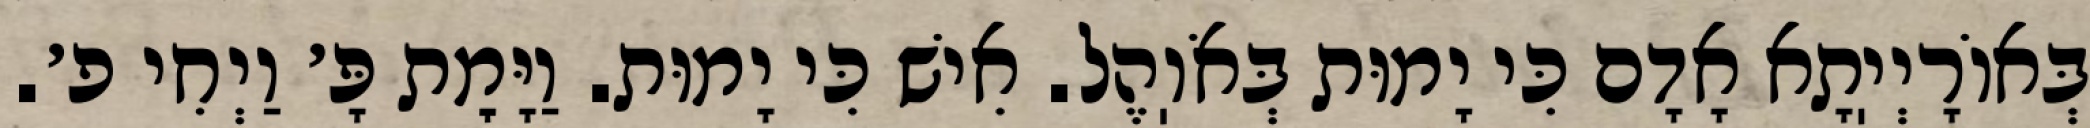
בְּאוֹרָיְיֽתָא אָדָם כִּי יָמוּת בְּאֹוֽהֶל. אִישׁ כִּי יָמוּת. וַיָּמׇת פָּ׳ וַיְחִי פ׳.